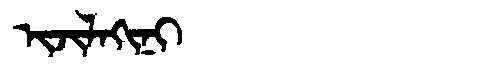
Manchu: ᡳᠵᡳᠯᠠᡴᡳᠨᡳ
Romanization: IJILAKINI